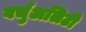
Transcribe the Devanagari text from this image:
वर्चुअलिटी